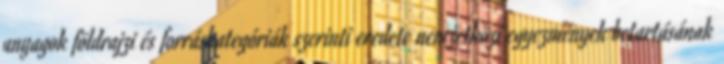
anyagok földrajzi és forráskategóriák szerinti eredete nemzetközi egyezmények betartásának